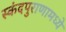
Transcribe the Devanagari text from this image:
स्कंदपुराणामध्ये